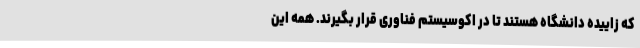
که زاییده دانشگاه هستند تا در اکوسیستم فناوری قرار بگیرند. همه این